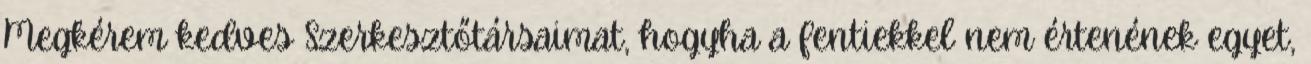
Megkérem kedves Szerkesztőtársaimat, hogyha a fentiekkel nem értenének egyet,